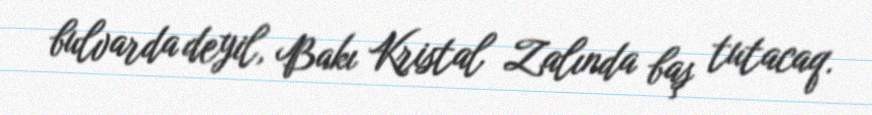
bulvarda deyil, Bakı Kristal Zalında baş tutacaq.